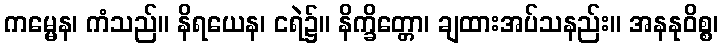
ကမ္မေန၊ ကံသည်။ နိရယေန၊ ငရဲ၌။ နိက္ခိတ္တော၊ ချထားအပ်သနည်း။ အနနုဝိစ္စ၊